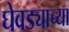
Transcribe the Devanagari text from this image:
घेवड्याच्या